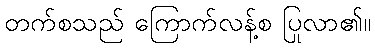
တက်စသည် ကြောက်လန့်စ ပြုလာ၏။